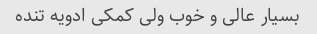
بسیار عالی و خوب ولی کمکی ادویه تنده